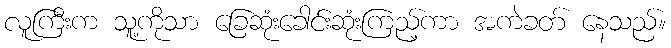
လူကြီးက သူ့ကိုသာ ခြေဆုံးခေါင်းဆုံးကြည့်ကာ အကဲခတ် နေသည်။